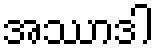
အဿာဒါ